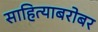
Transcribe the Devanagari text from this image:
साहित्याबरोबर